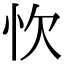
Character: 忺